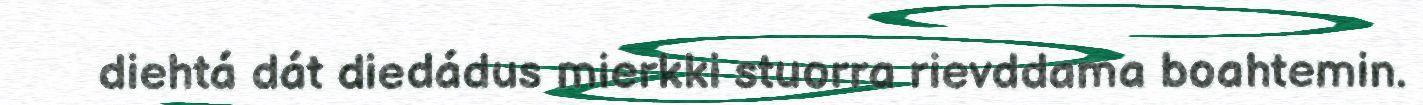
diehtá dát diedádus mierkki stuorra rievddama boahtemin.